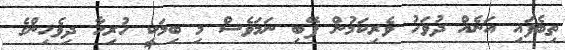
ތިބެފައި އަނެއް ދުވަހު ވެރިކަމުން ފޭބި ނަމަވެސް މި ބިމަކީ ހުރިހާ ދިވެހިންގެ